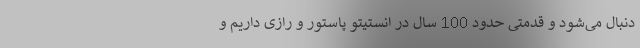
دنبال می‌شود و قدمتی حدود 100 سال در انستیتو پاستور و رازی داریم و